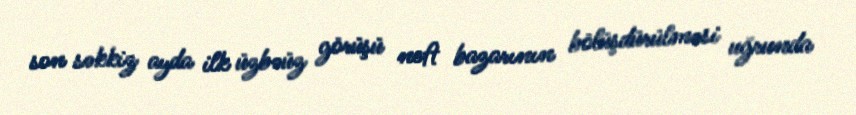
son səkkiz ayda ilk üzbəüz görüşü neft bazarının bölüşdürülməsi uğrunda